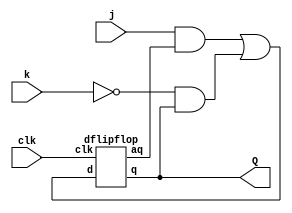
//JK-Flip-Flop
//      TruthTable
//  J   K   Q
//  0   0   Q(old)
//  0   1   0
//  1   0   1
//  1   1   ~Q(old)

/**
    JK
    D = J~Q + ~KQ;
**/

module top_module (
    input clk,
    input j,
    input k,
    output Q); 

    wire d, aq;
    assign d = (j && aq) || (!k && Q);

    dflipflop dff0(
        .d(d),
        .clk(clk),
        .q(Q),
        .aq(aq)
    );

endmodule

module dflipflop(
    input d, clk,
    output reg q, aq
);

    always @(posedge clk) begin
        q <= d;
        aq <= ~d;
    end

endmodule